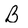
Character: B